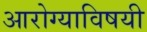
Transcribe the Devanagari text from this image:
आरोग्याविषयी